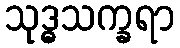
သုဒ္ဓသက္ခရာ